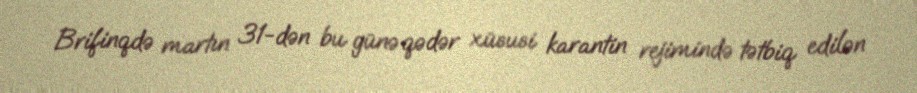
Brifinqdə martın 31-dən bu günə qədər xüsusi karantin rejimində tətbiq edilən